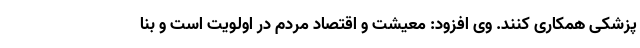
پزشکی همکاری کنند. وی افزود: معیشت و اقتصاد مردم در اولویت است و بنا